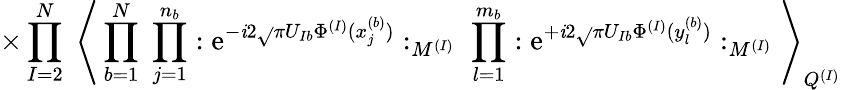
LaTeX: \times\prod_{I=2}^{N}\; \Bigg\langle\prod_{b=1}^{N}\; \prod_{j=1}^{n_{b}}:\mathrm{e}^{-\mathit{i}2\sqrt{}{{\pi}}U_{Ib}\Phi^{(I)}(x_{j}^{(b)})}:_{M^{(I)}}\; \prod_{l=1}^{m_{b}}:\mathrm{e}^{+\mathit{i}2\sqrt{}{{\pi}}U_{Ib}\Phi^{(I)}(y_{l}^{(b)})}:_{M^{(I)}}\Bigg\rangle_{Q^{(I)}}